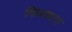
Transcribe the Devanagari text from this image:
विजधारा